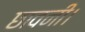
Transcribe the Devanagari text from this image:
छावनी।